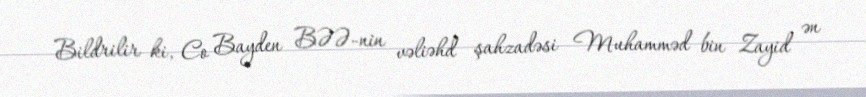
Bildrilir ki, Co Bayden BƏƏ-nin vəliəhd şahzadəsi Muhamməd bin Zayid ən